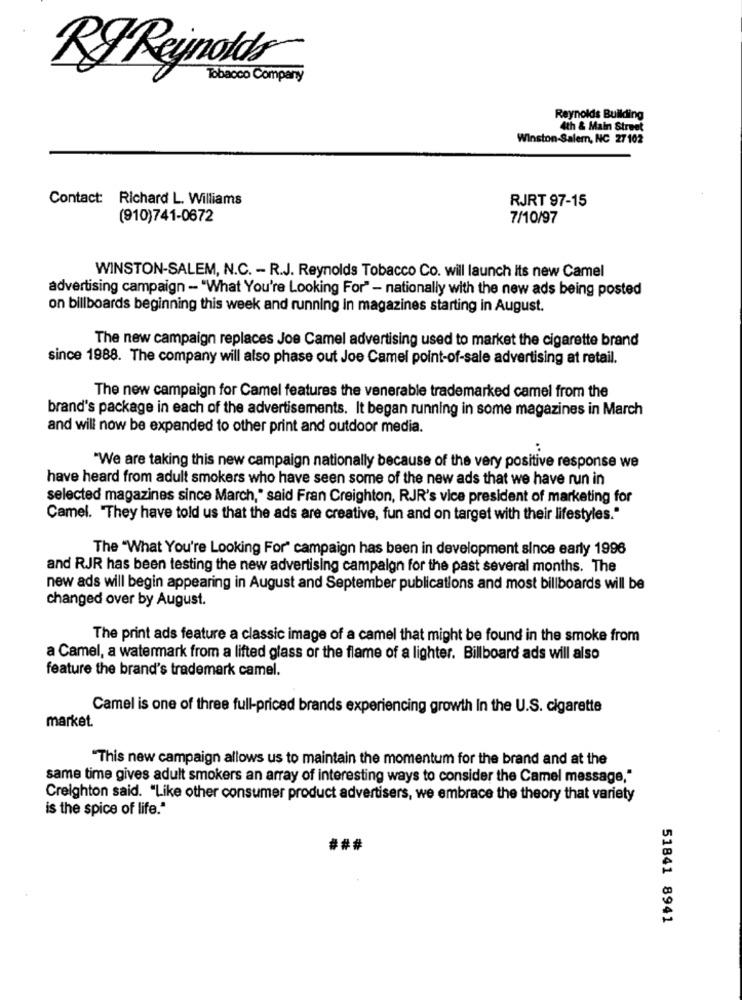
RF Reynolds
Tobacco Company
Reynolds Building
4th & Main Street
Winston-Salem, NC 27 102
Contact: Richard L. Williams
RJRT 97-15
(910)741-0672
7/10/97
WINSTON-SALEM, N.C. - R.J. Reynolds Tobacco Co. will launch Its new Camel
advertising campaign - "What You're Looking For" - nationally with the new ads being posted
on billboards beginning this week and running In magazines starting in August.
The new campaign replaces Joe Camel advertising used to market the cigarette brand
since 1988. The company will also phase out Joe Camel point-of-sale advertising at retail.
The new campaign for Camel features the venerable trademarked camel from the
brand's package in each of the advertisements. It began running in some magazines in March
and will now be expanded to other print and outdoor media.
"We are taking this new campaign nationally because of the very positive response we
have heard from adult smokers who have seen some of the new ads that we have run in
selected magazines since March," said Fran Creighton, RJR's vice president of marketing for
Camel. "They have told us that the ads are creative, fun and on target with their lifestyles."
The "What You're Looking For" campaign has been in development since early 1996
and RJR has been testing the new advertising campaign for the past several months. The
new ads will begin appearing in August and September publications and most billboards will be
changed over by August.
The print ads feature a classic image of a camel that might be found in the smoke from
a Camel, a watermark from a lifted glass or the flame of a lighter. Billboard ads will also
feature the brand's trademark camel.
Camel is one of three full-priced brands experiencing growth In the U.S. cigarette
market.
"This new campaign allows us to maintain the momentum for the brand and at the
same time gives adult smokers an array of interesting ways to consider the Camel message,"
Creighton said. "Like other consumer product advertisers, we embrace the theory that variety
is the spice of life."
###
51841 8941